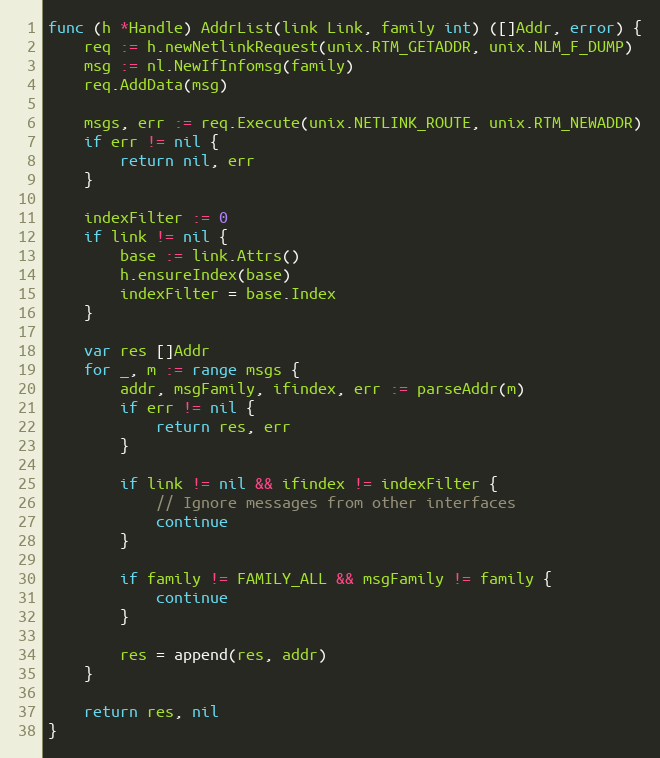
Language: Go
func (h *Handle) AddrList(link Link, family int) ([]Addr, error) {
	req := h.newNetlinkRequest(unix.RTM_GETADDR, unix.NLM_F_DUMP)
	msg := nl.NewIfInfomsg(family)
	req.AddData(msg)

	msgs, err := req.Execute(unix.NETLINK_ROUTE, unix.RTM_NEWADDR)
	if err != nil {
		return nil, err
	}

	indexFilter := 0
	if link != nil {
		base := link.Attrs()
		h.ensureIndex(base)
		indexFilter = base.Index
	}

	var res []Addr
	for _, m := range msgs {
		addr, msgFamily, ifindex, err := parseAddr(m)
		if err != nil {
			return res, err
		}

		if link != nil && ifindex != indexFilter {
			// Ignore messages from other interfaces
			continue
		}

		if family != FAMILY_ALL && msgFamily != family {
			continue
		}

		res = append(res, addr)
	}

	return res, nil
}